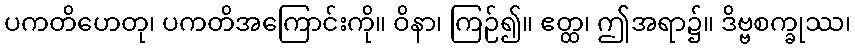
ပကတိဟေတု၊ ပကတိအကြောင်းကို။ ဝိနာ၊ ကြဉ်၍။ ဧတ္ထ၊ ဤအရာ၌။ ဒိဗ္ဗစက္ခုဿ၊